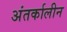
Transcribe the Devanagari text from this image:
अंतर्कालीन